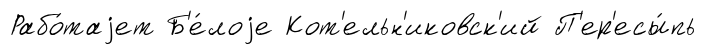
Рабо́таjет Б'е́лоjе Кот'ельн'иковск'ий П'ер'есы́пь